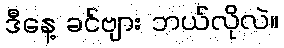
ဒီနေ့ ခင်ဗျား ဘယ်လိုလဲ။